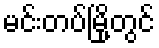
မင်းတပ်မြို့တွင်